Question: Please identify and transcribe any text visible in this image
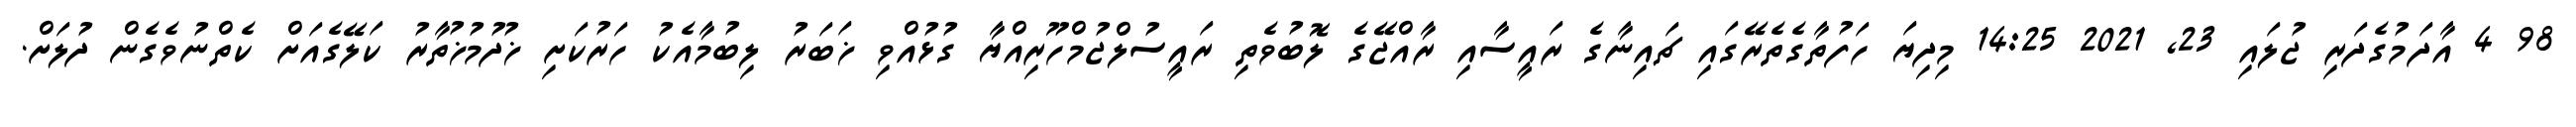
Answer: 98 4 އާދަމުގެދަރި ޖުލައި 23, 2021 14:25 މިދިޔަ ހަފުތާގެތެރޭގައި ޗައިނާގެ ރައީސާއި ރާއްޖޭގެ ލޮބުވެތި ރައީސުލްޖުމްހޫރިއްޔާ ގުޅުއްވި ޚަބަރު ލިބުމާއެކު ހަރުކަށި ޚުދުމުޚުތާރު ކަލޭގެއަށް ކެތްނުވެގެން ދުލަށް.